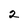
Character: 2